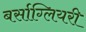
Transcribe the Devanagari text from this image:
बर्साग्लियरी